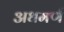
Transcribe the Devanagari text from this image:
अधमर्ण